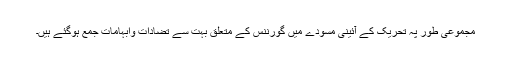
مجموعی طور پہ تحریک کے آئینی مسودے میں گورننس کے متعلق بہت سے تضادات وابہامات جمع ہوگئے ہیں۔